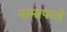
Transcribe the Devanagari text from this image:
नामापरते